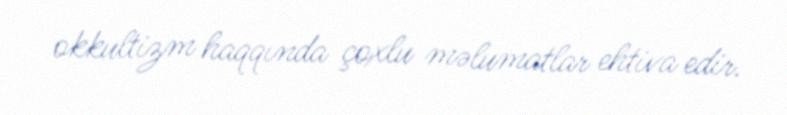
okkultizm haqqında çoxlu məlumatlar ehtiva edir.